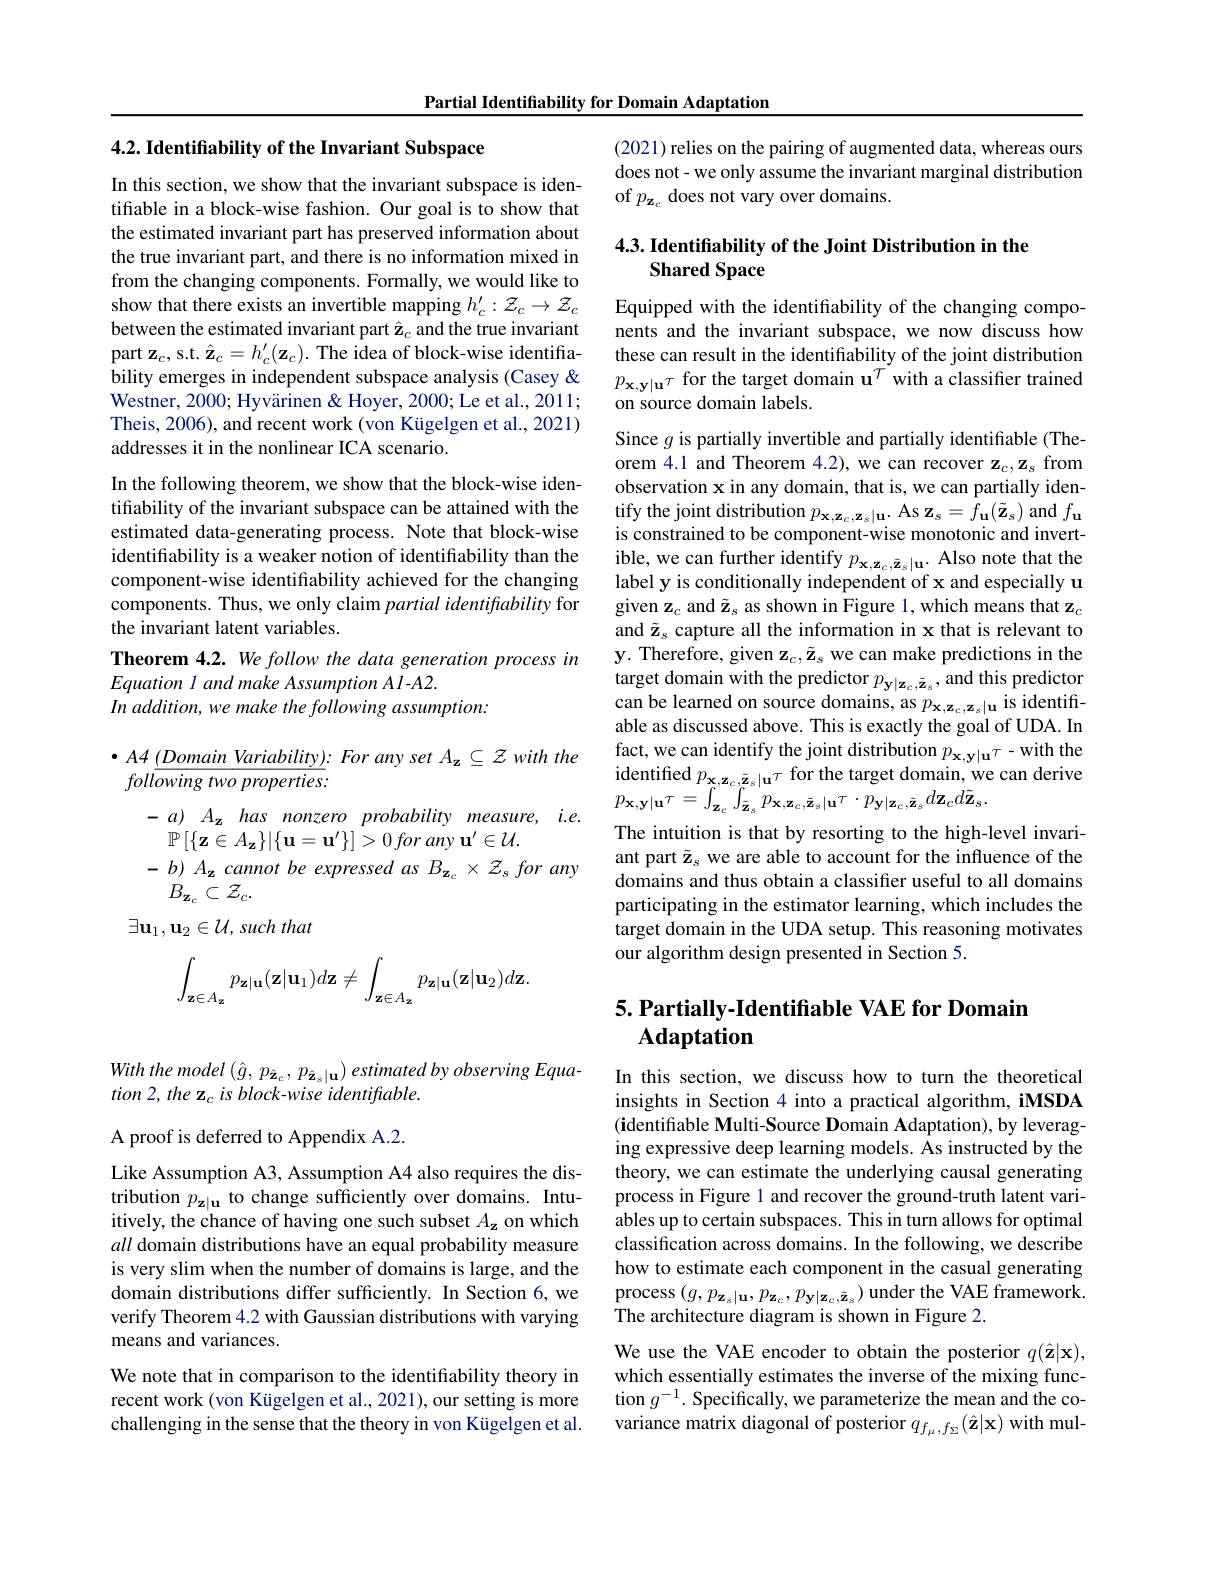
Partial Identifiability for Domain Adaptation

With the model $(\hat{g},p_{\hat{\mathbf{z}}_{c}},p_{\hat{\mathbf{z}}_{s}|\mathbf{u}})$ estimated by observing Equa-
$tion2,the\mathbf{z}_{c}isblock-wise$ identifiable.

A proof is deferred to Appendix A.2.

Like Assumption A3, Assumption A4 also requires the distribution $p_\mathbf{z}|\mathbf{u}$ to change sufficiently over domains. Intuitively, the chance of having one such subset $A_\mathbf{z}$ on which all domain distributions have an equal probability measure is very slim when the number of domains is large, and the domain distributions differ sufficiently. In Section 6, we verify Theorem 4.2 with Gaussian distributions with varying means and variances.
We note that in comparison to the identifiability theory in recent work (von Kügelgen et al., 2021), our setting is more challenging in the sense that the theory in von Kügelgen et al.

4.2. Identifiability of the Invariant Subspace

In this section, we show that the invariant subspace is identifiable in a block-wise fashion. Our goal is to show that the estimated invariant part has preserved information about the true invariant part, and there is no information mixed in from the changing components. Formally, we would like to show that there exists an invertible mapping $h_c^{\prime}:\mathcal{Z}_c\to\mathcal{Z}_c$ between the estimated invariant part $\hat{\mathbf{z}}_c$ and the true invariant part $\mathbf{z}_c$, s.t. $\hat{\mathbf{z}}_c=h_c^{\prime}(\mathbf{z}_c).$ The idea of block-wise identifiability emerges in independent subspace analysis (Casey& $p_\mathbf{x},\mathbf{y}|\mathbf{u}^{\tau}$ for the target domain u$^{T}$ with a classifier trained
Westner, 2000; Hyvärinen& Hoyer, 2000; Le et al., 2011; Theis, 2006), and recent work (von Kügelgen et al., 2021) addresses it in the nonlinear ICA scenario.

In the following theorem, we show that the block-wise identiffability of the invariant subspace can be attained with the estimated data-generating process. Note that block-wise identifiability is a weaker notion of identifiability than the component-wise identifiability achieved for the changing components. Thus, we only claim partial identifability for the invariant latent variables.
Theorem 4.2. We follow the data generation process in

$Equation\textit{l and make Assumption Al- A2. }$
In addition, we make the following assumption:

$\bullet A4\underline {( Domain\textit{Variability}) }: Forany\textit{set }A_\mathbf{z} \subseteq \mathcal{Z}$ with the
$foll\overline{owing~two~properties}.$
$-a)A_{\mathbf{z}}has$ nonzero probability measure, i.e.

$\mathbb{P}\left[\{\mathbf{z}\in A_{\mathbf{z}}\}|\{\mathbf{u}=\mathbf{u}^{\prime}\}\right]>0$ for any $\mathbf{u}^\prime\in\mathcal{U}.$
$-b)A_{\mathbf{z}}$ cannot be expressed as $B_\mathbf{z}_{c}\times\mathcal{Z}_{s}$ for any
$B_{\mathbf{z}_c}\subset\mathcal{Z}_c.$
$\exists\mathbf{u}_1,\mathbf{u}_2\in\mathcal{U}$, such that
$$\int_{\mathbf{z}\in A_{\mathbf{z}}}p_{\mathbf{z}|\mathbf{u}}(\mathbf{z}|\mathbf{u}_{1})d\mathbf{z}\neq\int_{\mathbf{z}\in A_{\mathbf{z}}}p_{\mathbf{z}|\mathbf{u}}(\mathbf{z}|\mathbf{u}_{2})d\mathbf{z}.$$
(2021) relies on the pairing of augmented data, whereas ours does not- we only assume the invariant marginal distribution of $p_{\mathbf{z}_c}$ does not vary over domains.

## $4. 3. \textbf{ Identifiability of the Joint Distribution in the}$ Shared Space

Equipped with the identifiability of the changing components and the invariant subspace, we now discuss how these can result in the identifiability of the joint distribution on source domain labels

Since $g$ is partially invertible and partially identifiable (Theorem 4.1 and Theorem 4.2), we can recover $\mathbf{z}_c,\mathbf{z}_s$ from observation x in any domain, that is, we can partially identify the joint distribution $p_\mathbf{x},\mathbf{z}_{c},\mathbf{z}_{s}|\mathbf{u}.$ As $\mathbf{z}_{s}=f_{\mathbf{u}}(\tilde{\mathbf{z}}_{s})$ and $f_\mathbf{u}$ is constrained to be component-wise monotonic and invert- $\begin{array}{l}\mathrm{ible,~we~can~further~identify~}p_{\mathbf{x},\mathbf{z}_{c},\tilde{\mathbf{z}}_{s}|\mathbf{u}}.&\mathrm{Also~note~that~the}\\\mathrm{label~y~is~conditionally~independent~of~x~and~especially~u}\end{array}$ given $\mathbf{z}_c$ and $\tilde{\mathbf{z}}_s$ as shown in Figure 1, which means that $\mathbf{z}_c$ and $\tilde{\mathbf{z}}_s$ capture all the information in x that is relevant to y. Therefore, given $\mathbf{z}_c,\tilde{\mathbf{z}}_s$ we can make predictions in the target domain with the predictor $p_\mathbf{y}|\mathbf{z}_{c},\tilde{\mathbf{z}}_{s}$, and this predictor can be learned on source domains, as $p_\mathbf{x},\mathbf{z}_{c},\mathbf{z}_{s}|\mathbf{u}$ is identifiable as discussed above. This is exactly the goal of UDA. In fact, we can identify the joint distribution $p_\mathbf{x},\mathbf{y}|\mathbf{u}^{T}-$with the identified $p_{\mathbf{x},\mathbf{z}_{c},\tilde{\mathbf{z}}_{s}|\mathbf{u}^{\tau}}$ for the target domain, we can derive
The intuition is that by resorting to the high-level invariant part $\tilde{\mathbf{z}}_s$ we are able to account for the influence of the domains and thus obtain a classifier useful to all domains participating in the estimator learning, which includes the target domain in the UDA setup. This reasoning motivates our algorithm design presented in Section 5.

## 5. Partially-Identifiable VAE for Domain Adaptation

In this section, we discuss how to turn the theoretical insights in Section 4 into a practical algorithm, iMSDA $(\mathbf{i}$dentifiable Multi-Source Domain Adaptation), by leveraging expressive deep learning models. As instructed by the theory, we can estimate the underlying causal generating process in Figure 1 and recover the ground-truth latent variables up to certain subspaces. This in turn allows for optimal classification across domains. In the following, we describe how to estimate each component in the casual generating $\begin{array}{c}{\mathrm{process~}(g,p_{\mathbf{z}_{s}|\mathbf{u}},p_{\mathbf{z}_{c}},p_{\mathbf{y}|\mathbf{z}_{c},\tilde{\mathbf{z}}_{s}})\text{ under the VAE framework.}}\\{\mathrm{Tr~}}\end{array}$ The architecture diagram is shown in Figure 2.

We use the VAE encoder to obtain the posterior $q(\hat{\mathbf{z}}|\mathbf{x})$, which essentially estimates the inverse of the mixing function $g^-1.$ Specifically, we parameterize the mean and the covariance matrix diagonal of posterior $q_{f_\mu,f_\Sigma}(\hat{\mathbf{z}}|\mathbf{x})$ with mul-